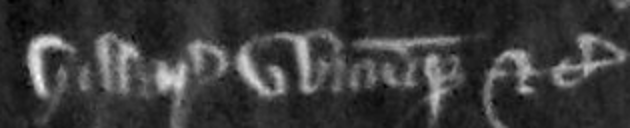
Hilarii ubicumque etc